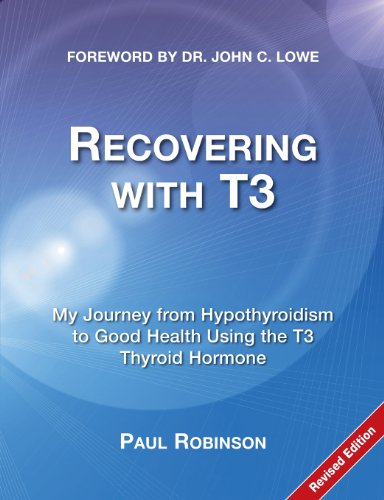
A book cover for Recovering with T3: My Journey from Hypothyroidism to Good Health Using the T3 Thyroid Hormone; Paul Robinson; Health, Fitness & Dieting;